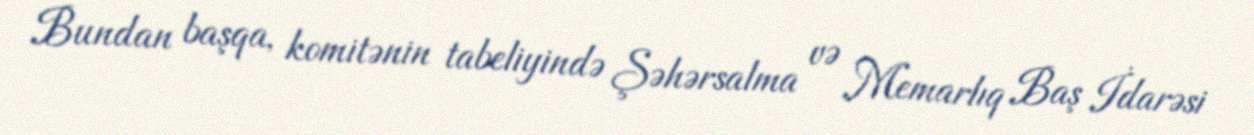
Bundan başqa, komitənin tabeliyində Şəhərsalma və Memarlıq Baş İdarəsi